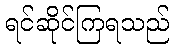
ရင်ဆိုင်ကြရသည်